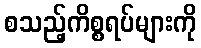
စသည့်ကိစ္စရပ်များကို